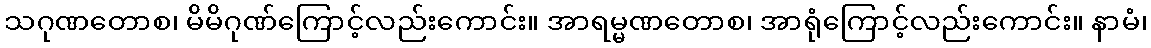
သဂုဏတောစ၊ မိမိဂုဏ်ကြောင့်လည်းကောင်း။ အာရမ္မဏတောစ၊ အာရုံကြောင့်လည်းကောင်း။ နာမံ၊